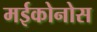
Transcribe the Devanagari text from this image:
मईकोनोस